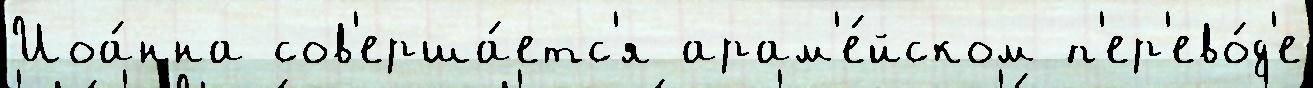
Иоа́нна сов'ерша́етс'я арам'е́йском п'ер'ево́д'е